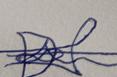
Signature authenticity: forged